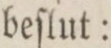
beſlut: